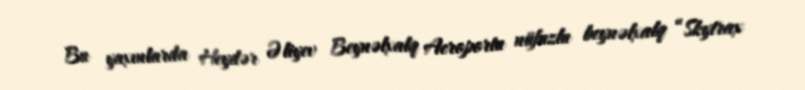
Bu yaxınlarda Heydər Əliyev Beynəlxalq Aeroportu nüfuzlu beynəlxalq “Skytrax